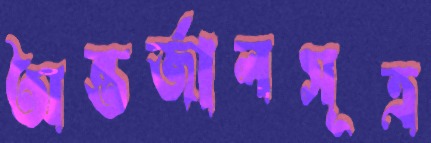
অন্তর্জালসূত্র